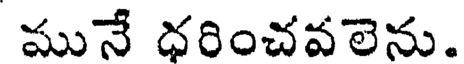
మునే ధరించవలెను.